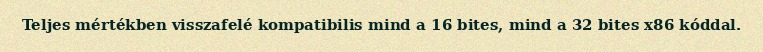
Teljes mértékben visszafelé kompatibilis mind a 16 bites, mind a 32 bites x86 kóddal.